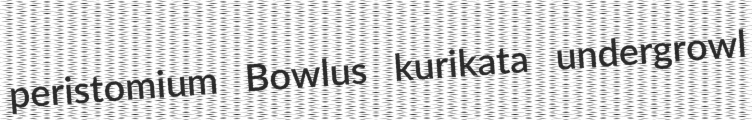
peristomium Bowlus kurikata undergrowl